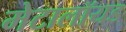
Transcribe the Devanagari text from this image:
मेटालॉयड